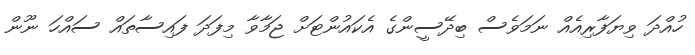
ހުއްދަ ވިޔަފާރިއެއް ނަމަވެސް ބިދޭސީންގެ އެކައުންޓަށް ޖަމާވާ މިފަދަ ފައިސާތައް ސައްހަ ނޫން